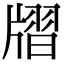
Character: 𤗨